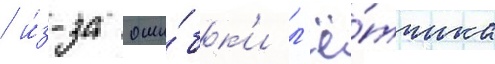
/ и́з-за оши́бк'и л'ё́тчика